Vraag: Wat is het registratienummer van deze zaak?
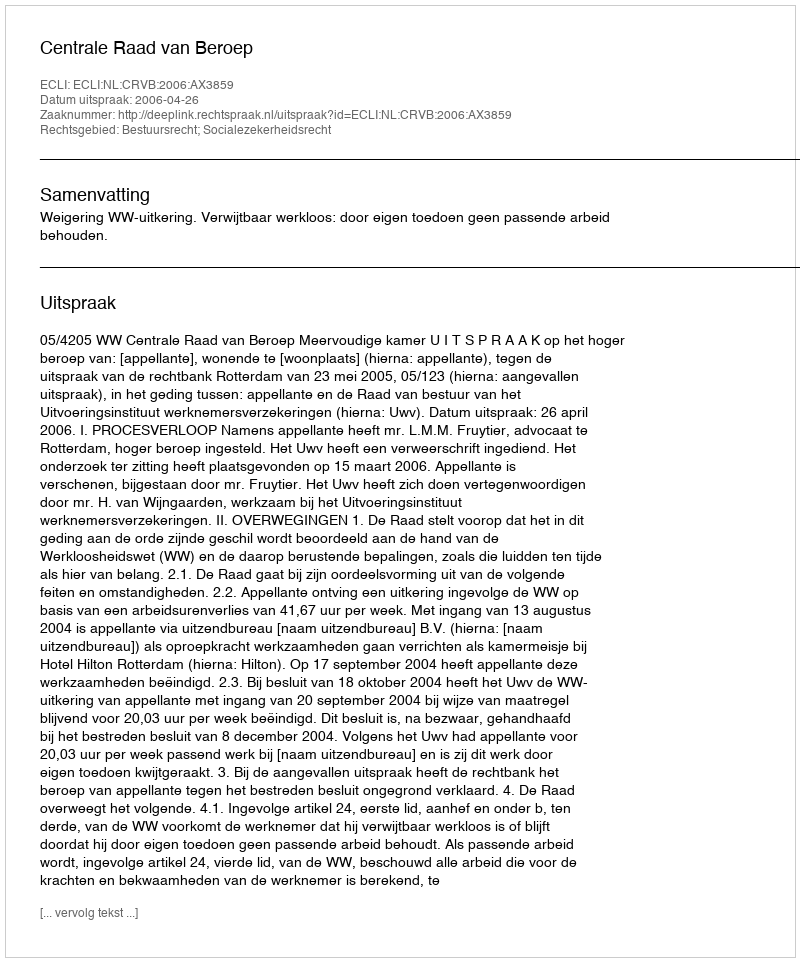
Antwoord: http://deeplink.rechtspraak.nl/uitspraak?id=ECLI:NL:CRVB:2006:AX3859